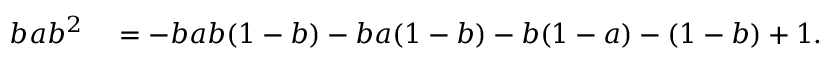
\begin{array} { r l } { b a b ^ { 2 } } & { { } = - b a b ( 1 - b ) - b a ( 1 - b ) - b ( 1 - a ) - ( 1 - b ) + 1 . } \end{array}